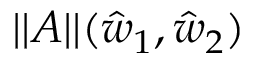
| | A | | ( \hat { w } _ { 1 } , \hat { w } _ { 2 } )